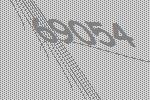
69054